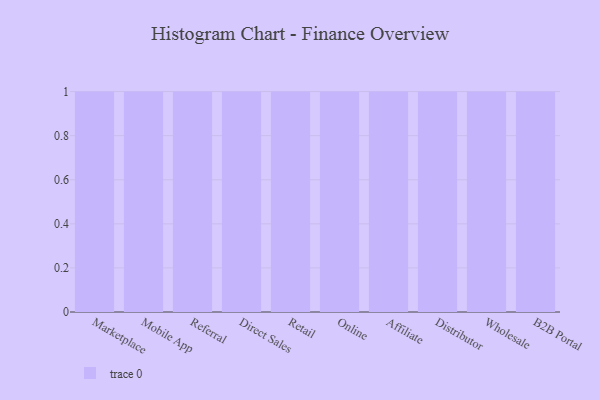
{"axis": {"x": "Channel", "y": "Operating Costs (USD K)"}, "legend": [""], "data": [{"x": "Marketplace", "y": 43, "type": ""}, {"x": "Mobile App", "y": 88, "type": ""}, {"x": "Referral", "y": 61, "type": ""}, {"x": "Direct Sales", "y": 56, "type": ""}, {"x": "Retail", "y": 50, "type": ""}, {"x": "Online", "y": 96, "type": ""}, {"x": "Affiliate", "y": 15, "type": ""}, {"x": "Distributor", "y": 21, "type": ""}, {"x": "Wholesale", "y": 67, "type": ""}, {"x": "B2B Portal", "y": 31, "type": ""}]}